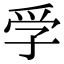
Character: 𡥞